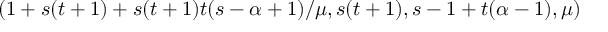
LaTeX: ( 1 + s ( t + 1 ) + s ( t + 1 ) t ( s - \alpha + 1 ) / \mu , s ( t + 1 ) , s - 1 + t ( \alpha - 1 ) , \mu )